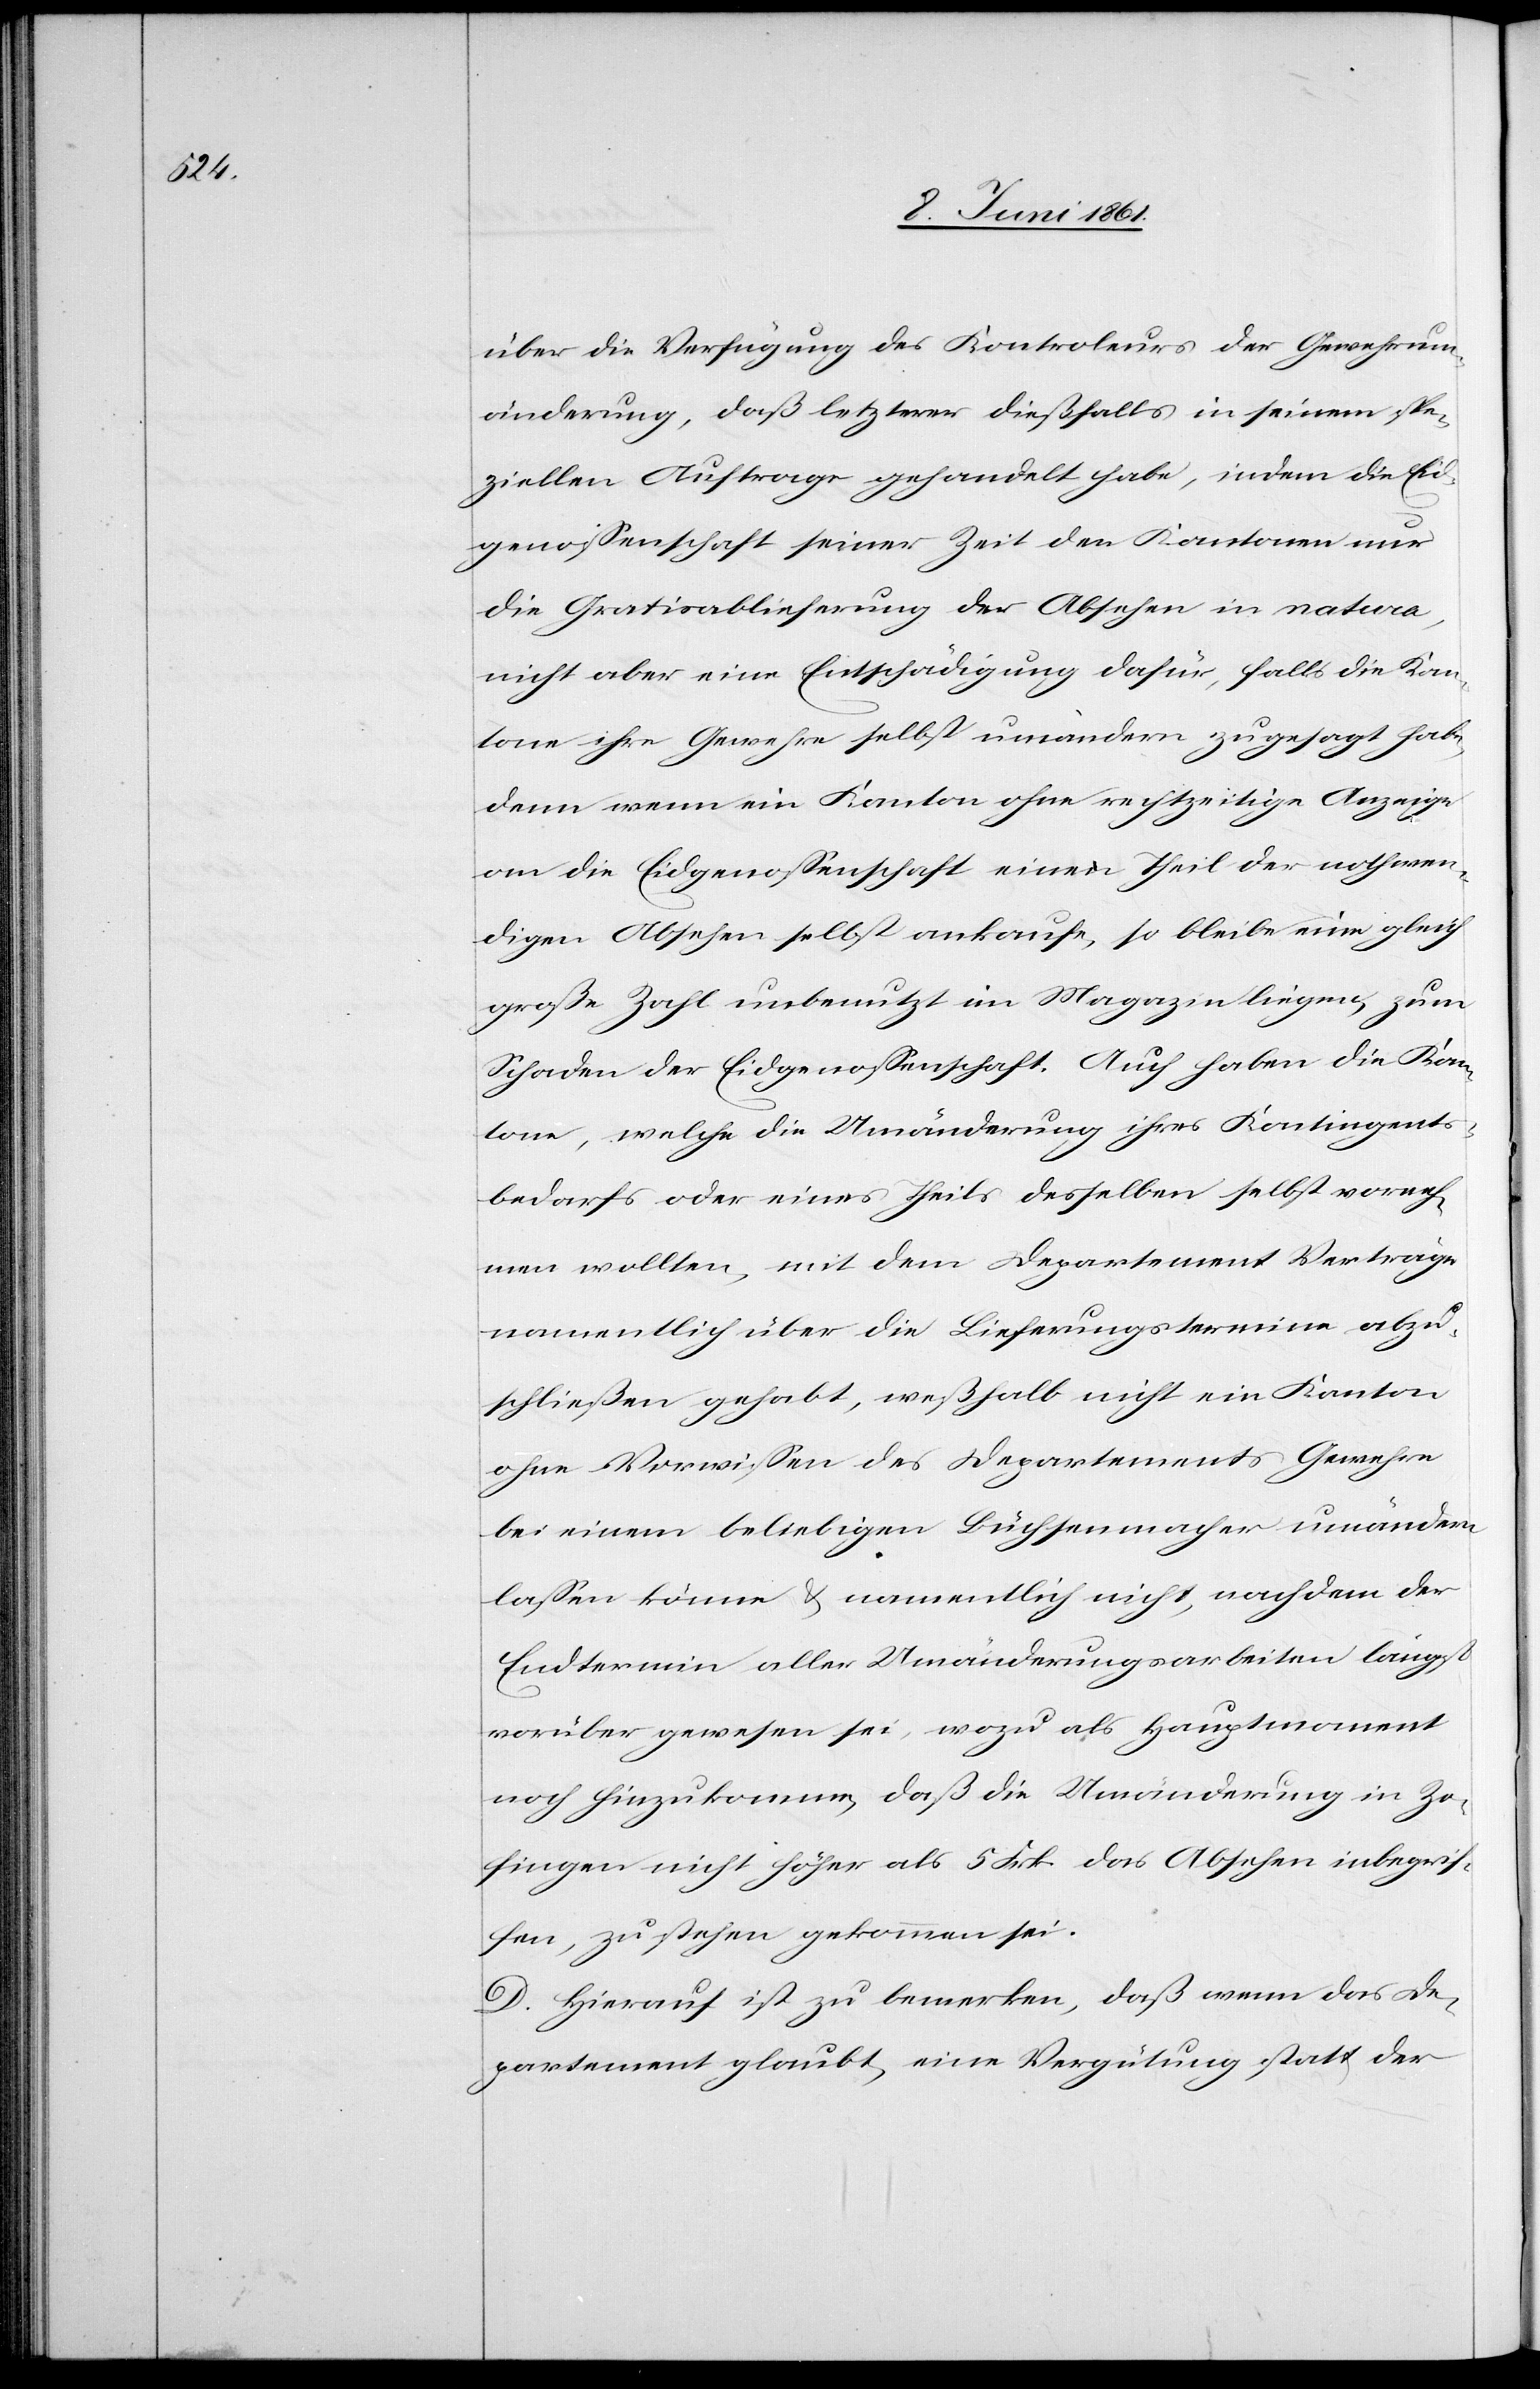
über die Verfügung des Kontrol[l]eurs der Gewehrum¬
änderung, daß letzterer dießfalls in seinem spe¬
ziellen Auftrage gehandelt habe, indem die Eid¬
genossenschaft seiner Zeit den Kantonen nur
die Gratisablieferung der Absehen in natura,
nicht aber eine Entschädigung dafür, falls die Kan¬
tone ihre Gewehre selbst umändern zugesagt habe,
denn wenn ein Kanton ohne rechtzeitige Anzeige
an die Eidgenossenschaft einen Theil der nothwen¬
digen Absehen selbst ankaufe, so bliebe eine gleich
große Zahl unbenutzt im Magazin liegen, zum
Schaden der Eidgenossenschaft. Auch haben die Kan¬
tone, welche die Umänderung ihres Kontingents¬
bedarfs oder eines Theils desselben selbst vorneh¬
men wollten, mit dem Departement Verträge
namentlich über die Lieferungstermine abzu¬
schließen gehabt, weßhalb nicht ein Kanton
ohne Vorwissen des Departements Gewehre
bei einem beliebigen Büchsenmacher umändern
lassen könne u. namentlich nicht, nachdem der
Endtermin aller Umänderungsarbeiten längst
vorüber gewesen sei, wozu als Hauptmoment
noch hinzukomme, daß die Umänderung in Zo¬
fingen nicht höher als 5 Frk. das Absehen inbegrif¬
fen, zu stehen gekommen sei.
D. Hierauf ist zu bemerken, daß wenn das De¬
partement glaubt, eine Vergütung statt der